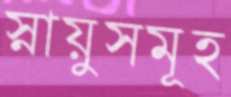
স্নায়ুসমূহ